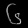
Digit: ၆